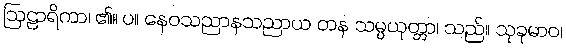
ဩဠာရိကာ၊ ၏။ ပ။ နေဝသညာနသညာယ တန သမ္ပယုတ္တာ၊ သည်။ သုခုမာဝ၊